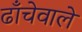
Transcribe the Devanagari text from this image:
ढाँचेवाले